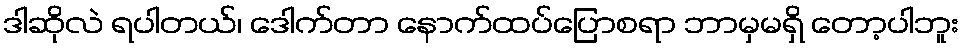
ဒါဆိုလဲ ရပါတယ်၊ ဒေါက်တာ နောက်ထပ်ပြောစရာ ဘာမှမရှိ တော့ပါဘူး